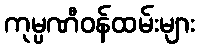
ကုမ္ပဏီဝန်ထမ်းများ